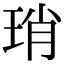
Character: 琑